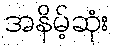
အနိမ့်ဆုံး